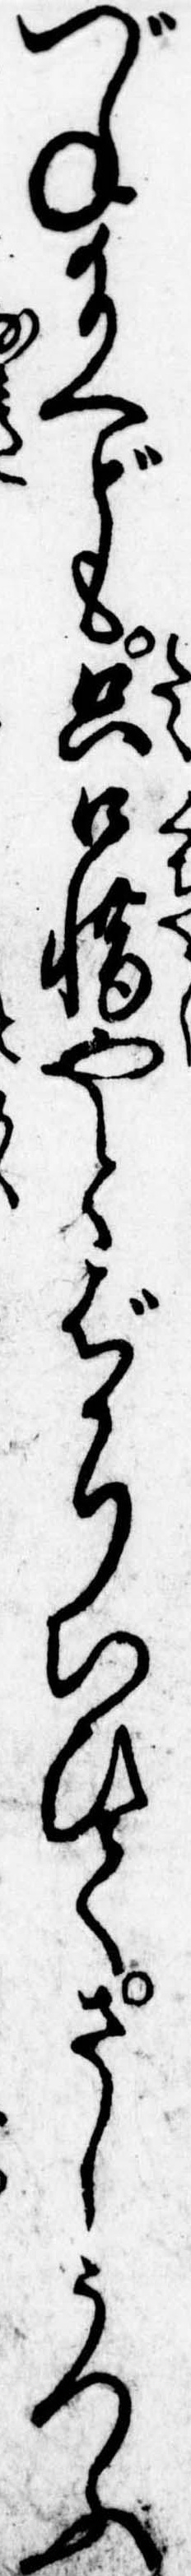
づね給へども只口惜やとばかりいひてさしうつふ